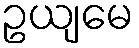
ဥယျမေ